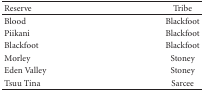
<table><thead><tr><td><b>Reserve</b></td><td><b>Tribe</b></td></tr></thead><tbody><tr><td>Blood</td><td>Blackfoot</td></tr><tr><td>Piikani</td><td>Blackfoot</td></tr><tr><td>Blackfoot</td><td>Blackfoot</td></tr><tr><td>Morley</td><td>Stoney</td></tr><tr><td>Eden Valley</td><td>Stoney</td></tr><tr><td>TsuuTina</td><td>Sarcee</td></tr></tbody></table>